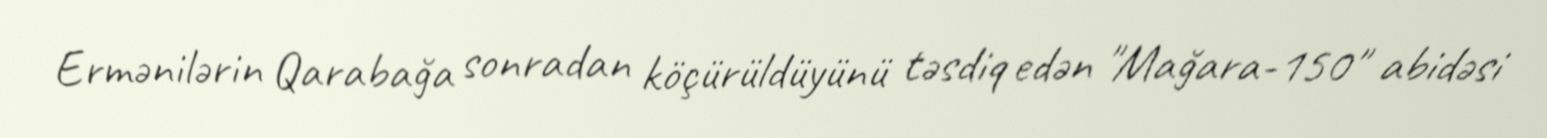
Ermənilərin Qarabağa sonradan köçürüldüyünü təsdiq edən "Mağara-150" abidəsi